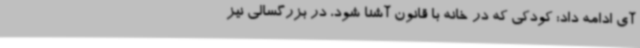
آی ادامه داد: کودکی که در خانه با قانون آشنا شود، در بزرگسالی نیز